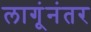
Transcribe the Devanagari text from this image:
लागूंनंतर